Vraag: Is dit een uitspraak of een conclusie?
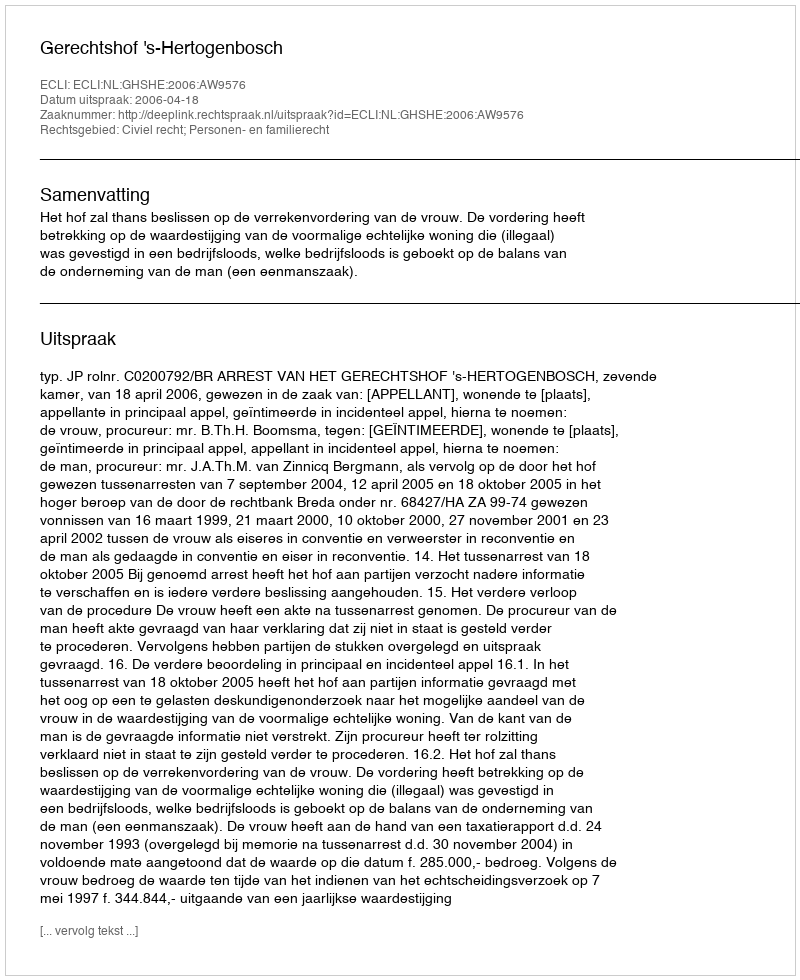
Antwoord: Uitspraak